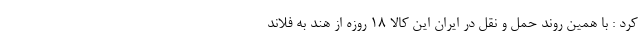
کرد : با همین روند حمل و نقل در ایران این کالا ١٨ روزه از هند به فلاند